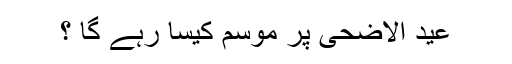
عید الاضحی پر موسم کیسا رہے گا ؟